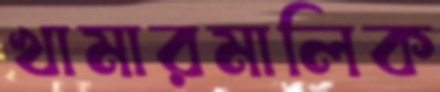
খামারমালিক